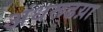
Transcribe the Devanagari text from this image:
अंधरूढय़ा